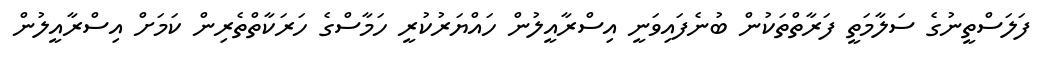
ފަލަސްތީނުގެ ސަލާމަތީ ފަރާތްތަކުން ބުނެފައިވަނީ އިސްރާއީލުން ހައްޔަރުކުރީ ހަމާސްގެ ހަރަކާތްތެރިން ކަމަށް އިސްރާއީލުން